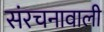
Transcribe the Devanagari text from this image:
संरचनावाली